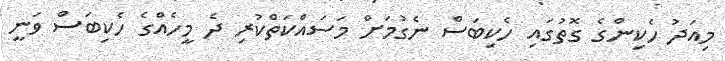
މިއަދު ހެކިންގެ ގޮތުގައި ހެކިބަސް ނެގުމަށް މަސައްކަތްކުރި ދެ މީހެއްގެ ހެކިބަސް ވަނީ